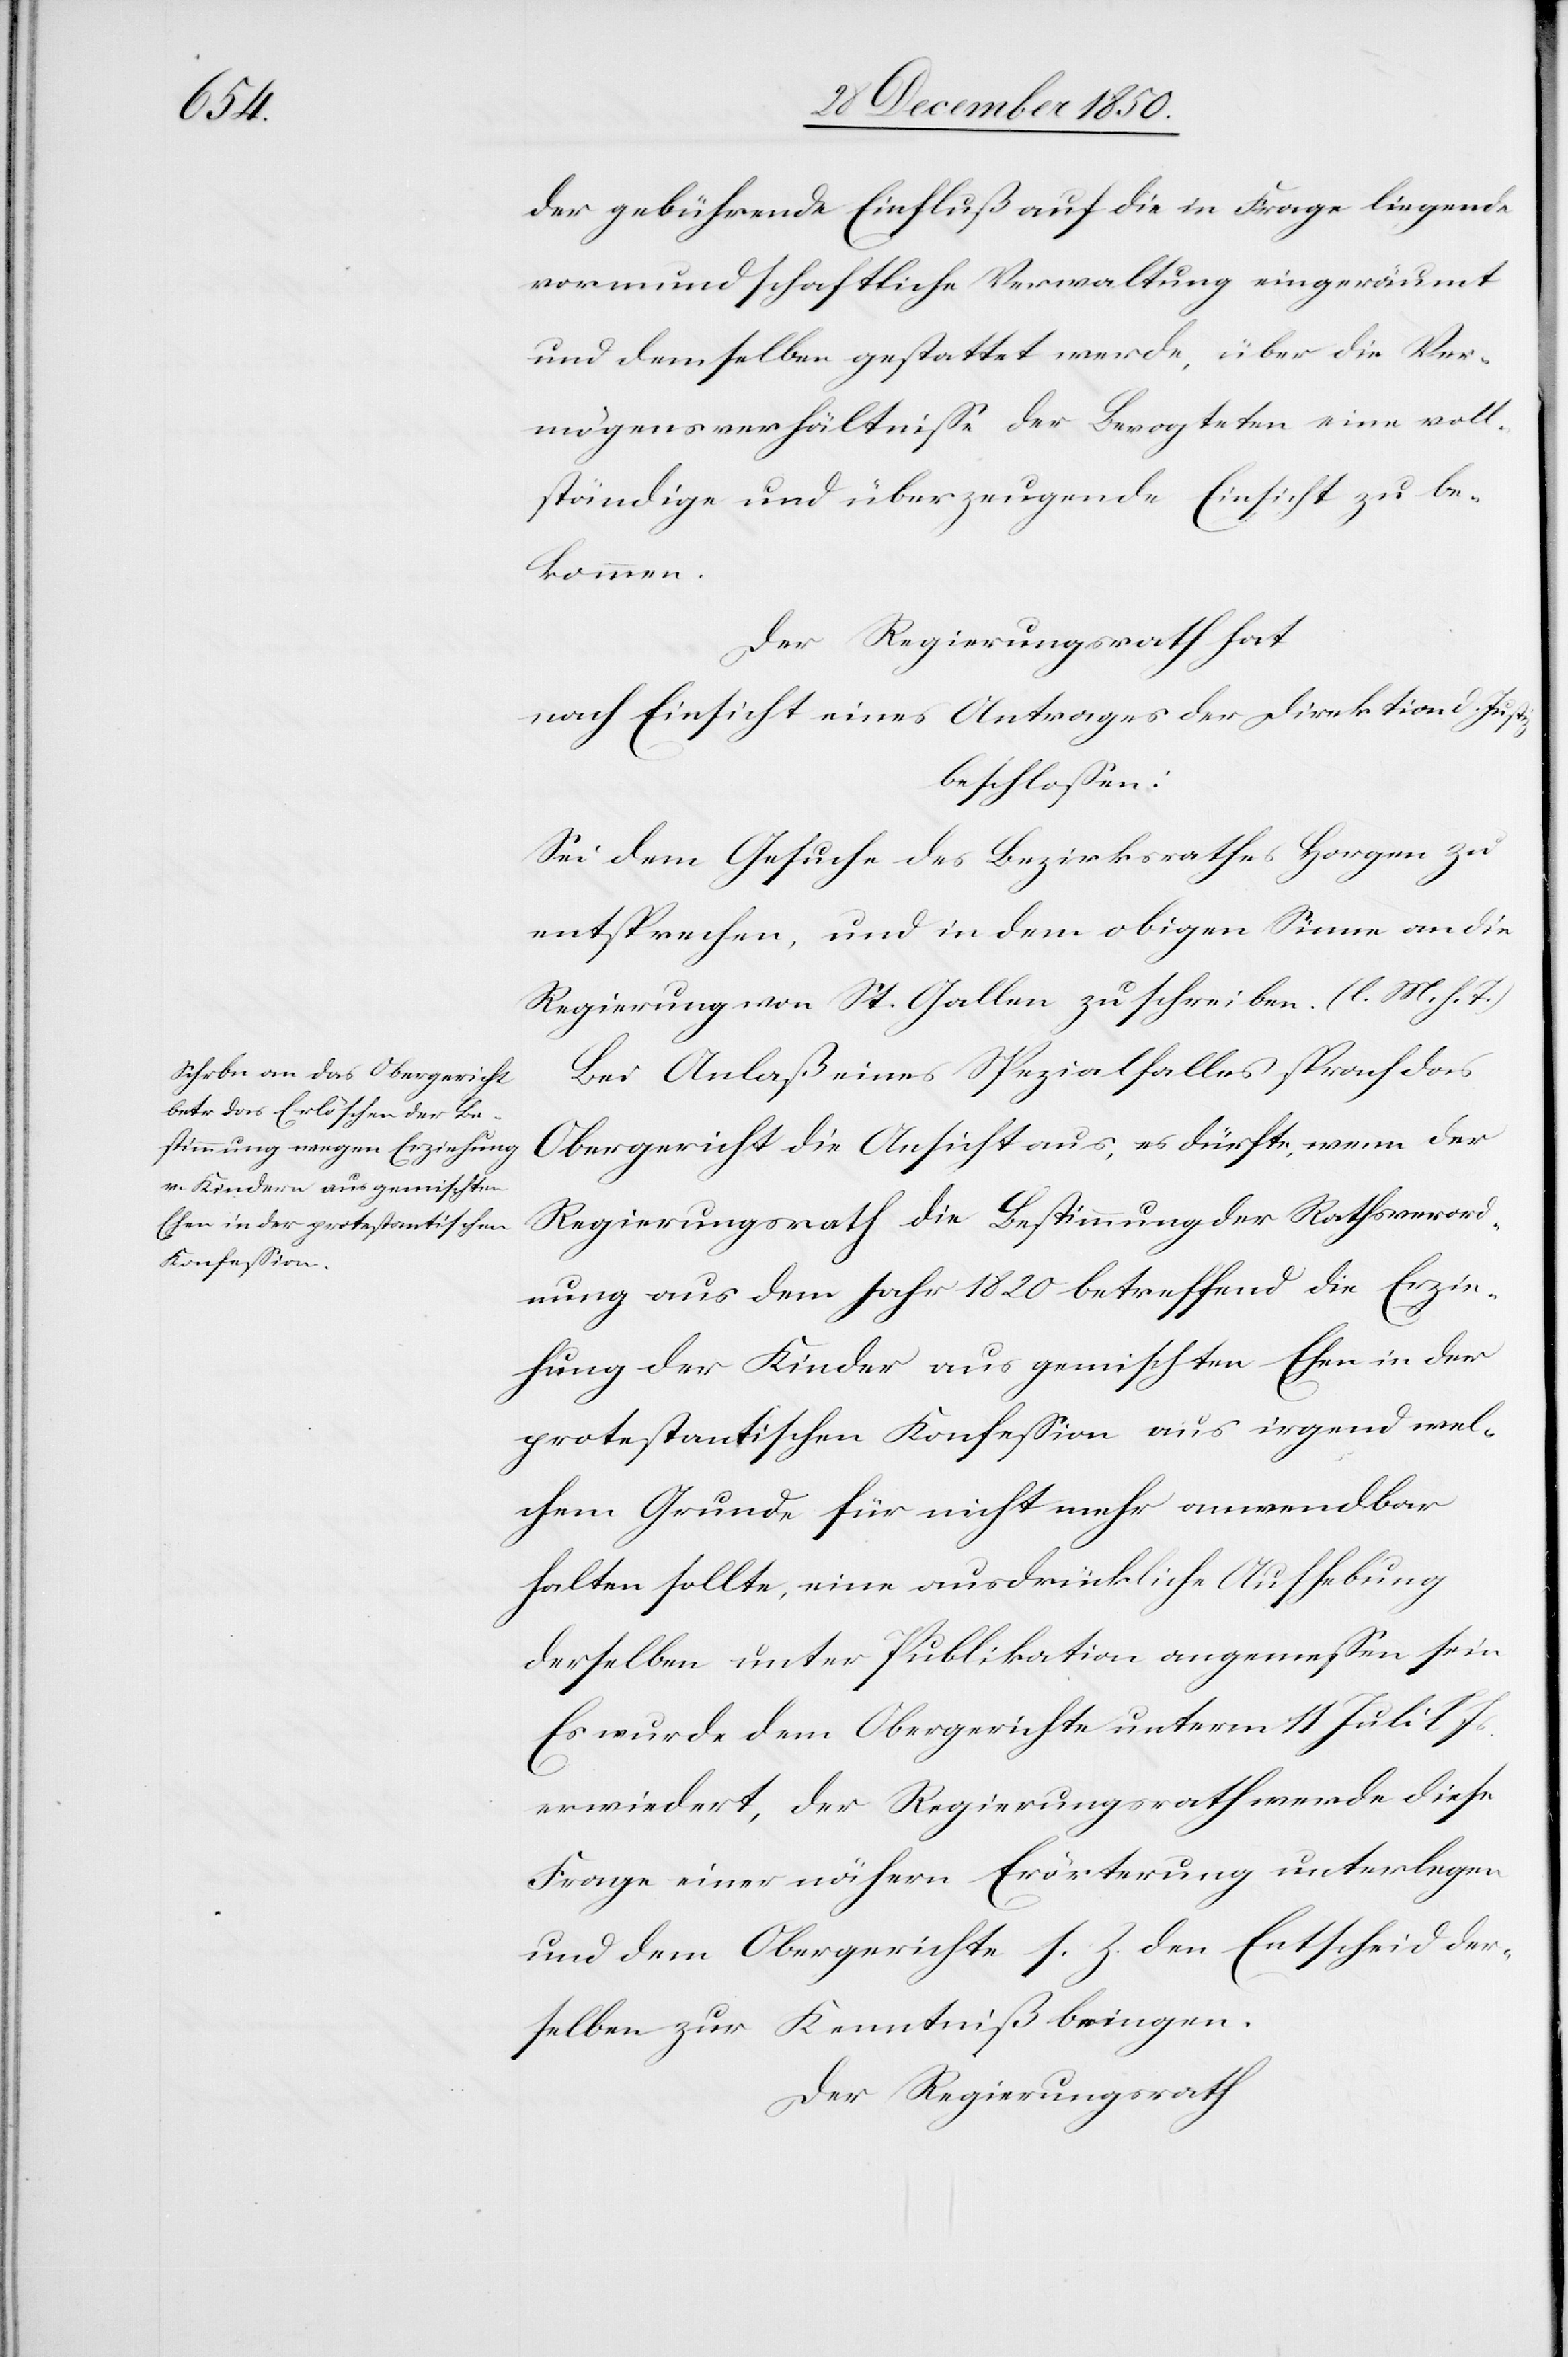
tiz

der gebührende Einfluß auf die in Frage liegende
vormundschaftliche Verwaltung eingeräumt
und demselben gestattet werde, über die Ver¬
mögensverhältnisse der Bevogteten eine voll¬
ständige und überzeugende Einsicht zu be¬
kommen.
Der Regierungsrath hat
nach Einsicht eines Antrages der Direktion d. Jus¬
beschlossen:
Sei dem Gesuche des Bezirksrathes Horgen zu
entsprechen, und in dem obigen Sinne an die
Regierung von St. Gallen zu schreiben. (l. M. h. T.)
Bei Anlaß eines Spezialfalles sprach das
Obergericht die Ansicht aus, es dürfte, wenn der
Regierungsrath die Bestimmung der Rathsverord¬
nung aus dem Jahr 1820 betreffend die Erzie¬
hung der Kinder aus gemischten Ehen in der
protestantischen Konfession aus irgend wel¬
chem Grunde für nicht mehr anwendbar
halten sollte, eine ausdrückliche Aufhebung
derselben unter Publikation angemessen sein[.]
Es wurde dem Obergerichte unterm 11 Juli l Js.
erwiedert, der Regierungsrath werde diese
Frage einer nähern Erörterung unterlegen
und dem Obergerichte s. Z. den Entscheid der¬
selben zur Kenntniß bringen.
Der Regierungsrath